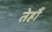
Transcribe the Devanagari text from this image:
तेह्रौं